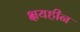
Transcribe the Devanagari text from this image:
क्षयहीन